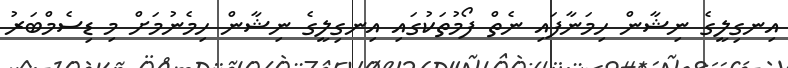
އިނގިލީގެ ނިޝާން ހިމަނާފައި ނެތް ފޯމުތަކުގައި އިނގިލީގެ ނިޝާން ހިމެނުމަށް މި ޑިސެމްބަރު